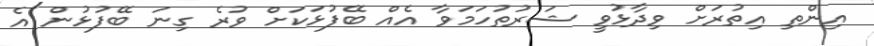
އިންތި އިތުރަށް ވިދާޅުވީ ޝަރުތުހަމަވާ އެއް ބޭފުޅަކަށް ވުރެ ގިނަ ބޭފުޅުން އެ